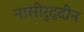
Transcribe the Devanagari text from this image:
नासीरुद्दीन